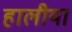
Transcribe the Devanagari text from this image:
हालीया